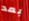
بعد